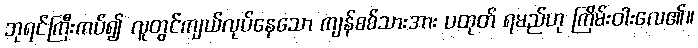
ဘုရင်ကြီးကပ်၍ လူတွင်ကျယ်လုပ်နေသော ကျန်စစ်သားအား ပထုတ် ရမည်ဟု ကြိမ်းဝါးလေ၏။